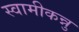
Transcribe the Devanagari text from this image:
स्वामीकन्नु